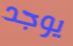
يوجد